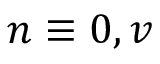
n \equiv 0 , v